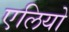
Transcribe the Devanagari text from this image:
एलियो